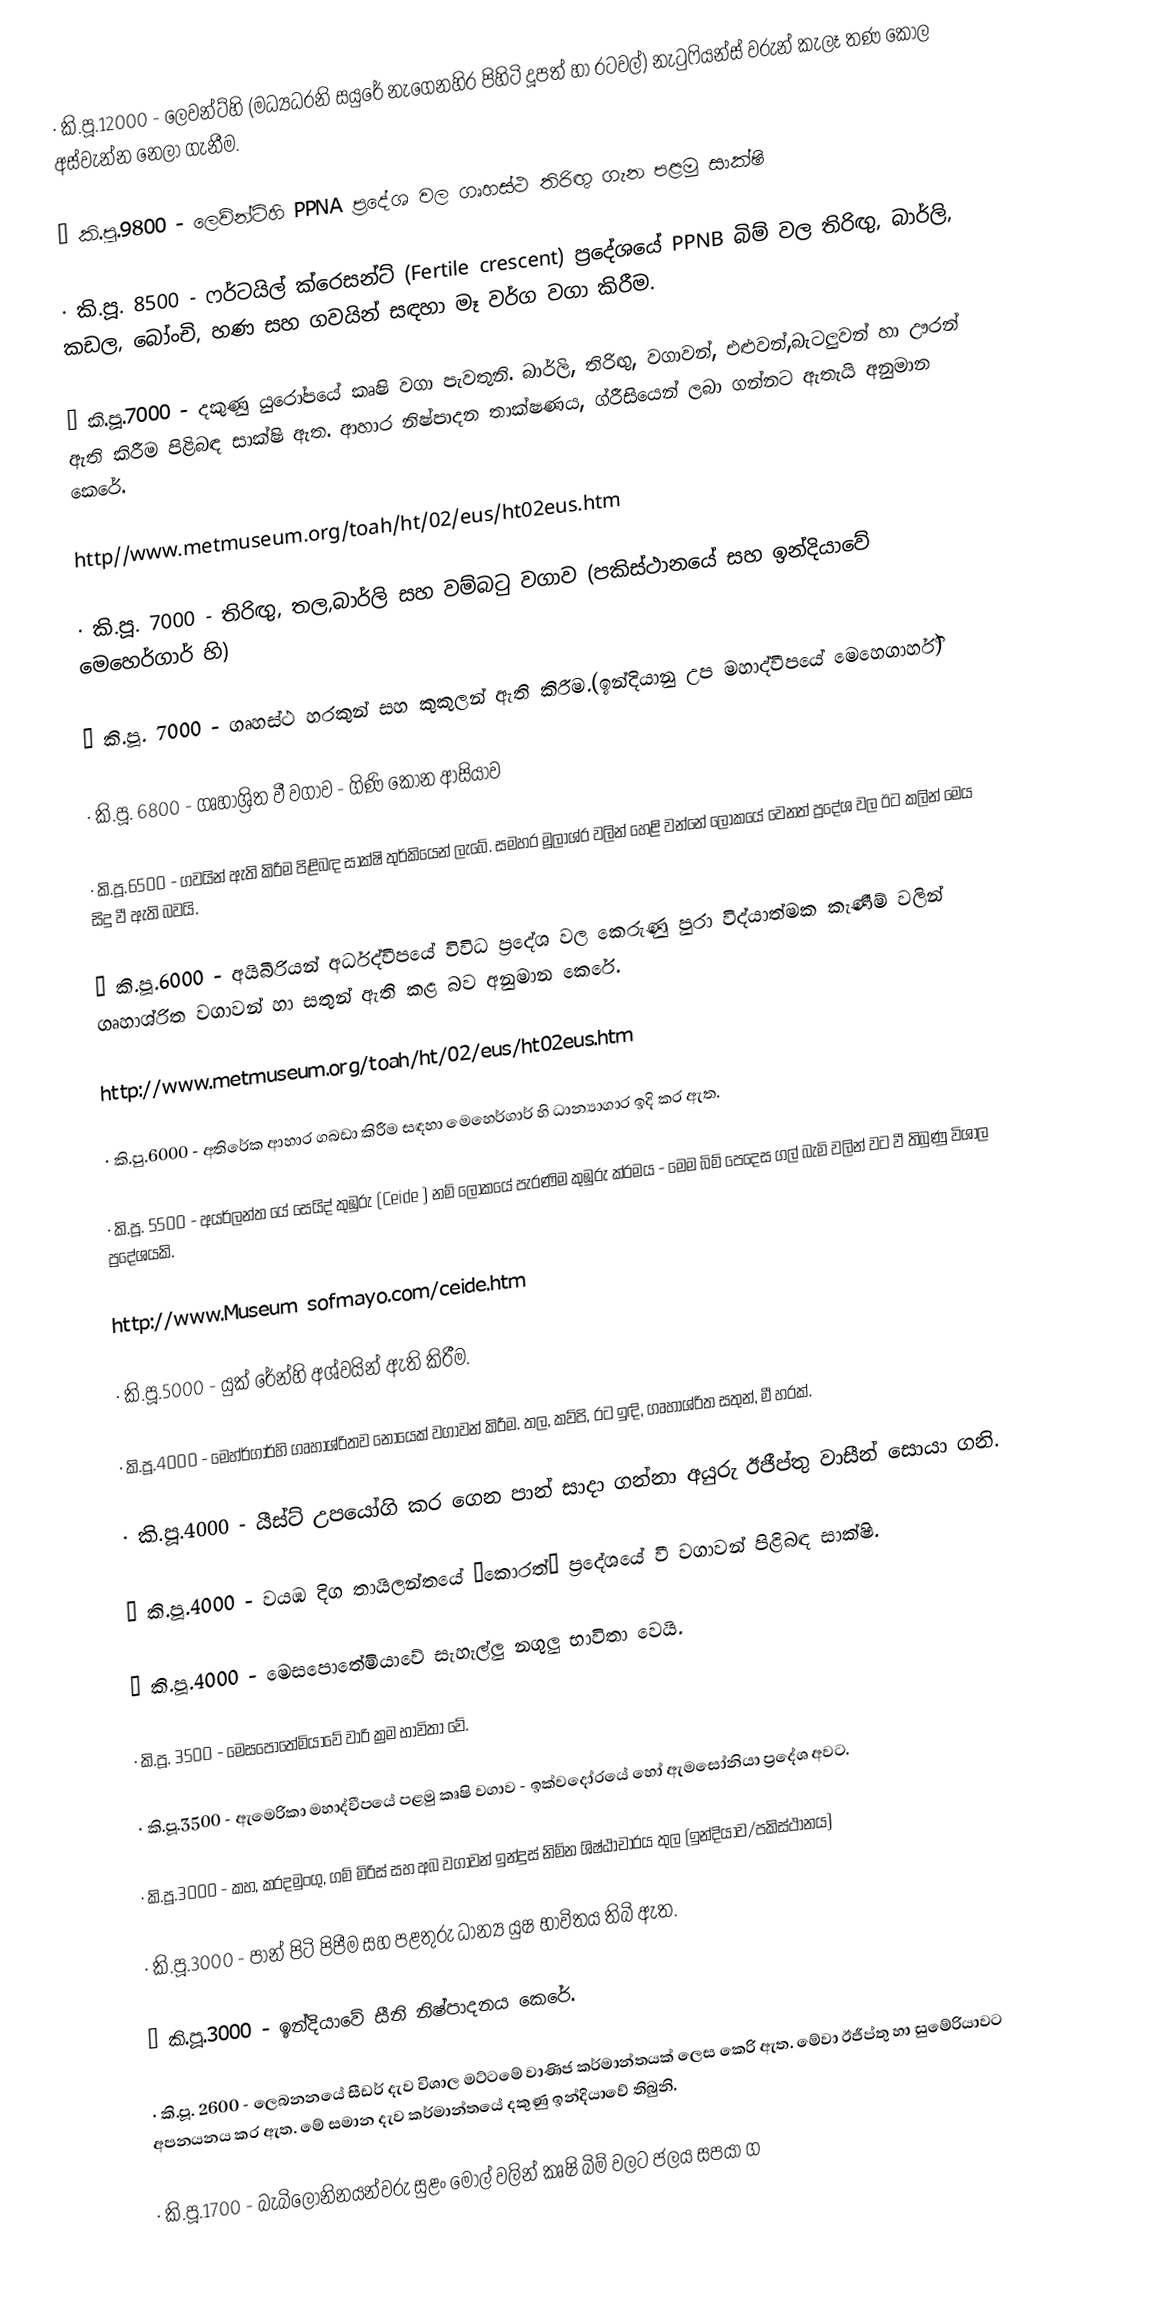
·	කි.පූ.12000 - ලෙවන්ට්හි (මධ්‍යධරනි සයුරේ නැගෙනහිර පිහිටි දූපත් හා රටවල්) නැටුෆියන්ස් වරුන් කැලෑ තණ කොල අස්වැන්න නෙලා ගැනීම.

·	කි.පූ.9800 - ලෙව්න්ට්හි PPNA ප්‍රදේශ වල ගෘහස්ථ තිරිඟු ගැන පළමු සාක්ෂි

·	කි.පූ. 8500 - ෆර්ටයිල් ක්රෙසන්ට් (Fertile crescent) ප්‍රදේශයේ PPNB බිම් වල තිරිඟු, බාර්ලි, කඩල, බෝංචි, හණ සහ ගවයින් සඳහා මෑ වර්ග වගා කිරීම.

·	කි.පූ.7000 - දකුණු යුරෝපයේ කෘෂි වගා පැවතුනි. බාර්ලි, තිරිඟු, වගාවන්, එළුවන්,බැටලුවන් හා ඌරන් ඇති කිරීම පිළිබඳ සාක්ෂි ඇත. ආහාර නිෂ්පාදන තාක්ෂණය, ග්රීසියෙන් ලබා ගන්නට ඇතැයි අනුමාන කෙරේ.

http//www.metmuseum.org/toah/ht/02/eus/ht02eus.htm

·	කි.පූ. 7000 - තිරිඟු, තල,බාර්ලි සහ වම්බටු වගාව (පකිස්ථානයේ සහ ඉන්දියාවේ මෙහෙර්ගාර් හි)

·	කි.පූ. 7000 - ගෘහස්ථ හරකුන් සහ කුකුලන් ඇති කිරීම.(ඉන්දියානු උප මහාද්වීපයේ මෙහෙගාර්හි)

·	කි.පූ. 6800 - ගෘහාශ්‍රිත වී වගාව - ගිණි කොන ආසියාව

·	කි.පූ.6500 - ගවයින් ඇති කිරීම පිළිබඳ සාක්ෂි තුර්කියෙන් ලැබේ. සමහර මූලාශ්ර වලින් හෙළි වන්නේ ලෝකයේ වෙනත් ප්‍රදේශ වල ඊට කලින් මෙය සිදු වී ඇති බවයි.

·	කි.පූ.6000 - අයිබීරියන් අර්ධද්වීපයේ විවිධ ප්‍රදේශ වල කෙරුණු පුරා විද්යාත්මක කැණීම් වලින් ගෘහාශ්රිත වගාවන් හා සතුන් ඇති කළ බව අනුමාන කෙරේ.

http://www.metmuseum.org/toah/ht/02/eus/ht02eus.htm

·	කි.පු.6000 - අතිරේක ආහාර ගබඩා කිරීම සඳහා මෙහෙර්ගාර් හි ධාන්‍යාගාර ඉදි කර ඇත.

·	කි.පූ. 5500 - අයර්ලන්ත යේ සෙයිද් කුඹුරු (Ceide ) නම් ලෝකයේ පැරණිම කුඹුරු ක්රමය - මෙම බිම් පෙදෙස ගල් බැමි වලින් වට වී තිබුණු විශාල ප්‍රදේශයකි.

http://www.Museum sofmayo.com/ceide.htm

·	කි.පූ.5000 - යුක් රේන්හි අශ්වයින් ඇති කිරීම.

·	කි.පූ.4000 - මෙහ්ර්ගාර්හි ගෘහාශ්රිතව නොයෙක් වගාවන් කිරීම. තල, කව්පි, රට ඉඳි, ගෘහාශ්රිත සතුන්, මී හරක්.

·	කි.පූ.4000 - යීස්ට් උපයෝගි කර ගෙන පාන් සාදා ගන්නා අයුරු ඊජීප්තු වාසීන් සොයා ගනි.

·	කි.පූ.4000 - වයඹ දිග තායිලන්තයේ ‘කොරත්’ ප්‍රදේශයේ වී වගාවන් පිළිබඳ සාක්ෂි.

·	කි.පූ.4000 - මෙසපොතේමියාවේ සැහැල්ලු නගුලු භාවිතා වෙයි.

·	කි.පූ. 3500 - මෙසපොතේමියාවේ වාරි ක්‍රම භාවිතා වේ.

·	කි.පූ.3500 - ඇමෙරිකා මහාද්වීපයේ පළමු කෘෂි වගාව - ඉක්වදෝරයේ හෝ ඇමසෝනියා ප්‍රදේශ අවට.

·	කි.පූ.3000 - කහ, කරදමුංගු, ගම් මිරිස් සහ අබ වගාවන් ඉන්දුස් නිම්න ශිෂ්ඨාචාරය තුල (ඉන්දියාව/පකිස්ථානය)

·	කි.පූ.3000 - පාන් පිටි පිපීම සහ පළතුරු ධාන්‍ය යුෂ භාවිතය තිබි ඇත.

·	කි.පූ.3000 - ඉන්දියාවේ සීනි නිෂ්පාදනය කෙරේ.

·	කි.පූ. 2600 - ලෙබනනයේ සීඩර් දැව විශාල මට්ටමේ වාණිජ කර්මාන්තයක් ලෙස කෙරි ඇත. මේවා ඊජීප්තු හා සුමේරියාවට අපනයනය කර ඇත. මේ සමාන දැව කර්මාන්තයේ දකුණු ඉන්දියාවේ තිබුනි.

·	කි.පූ.1700 - බැබිලෝනිනයන්වරු සුළං මෝල් වලින් කෘෂි බිම් වලට ජලය සපයා ග